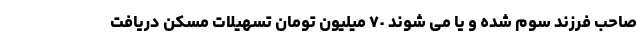
صاحب فرزند سوم شده و یا می شوند ٧٠ میلیون تومان تسهیلات مسکن دریافت